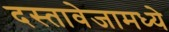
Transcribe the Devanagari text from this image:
दस्तावेजामध्ये